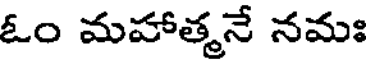
ఓం మహాత్మనే నమః